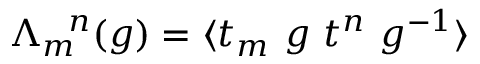
\Lambda _ { m } ^ { ~ ~ n } ( g ) = \langle t _ { m } ~ g ~ t ^ { n } ~ g ^ { - 1 } \rangle